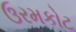
ઉરમકોટ